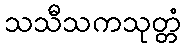
သသီသကသုတ္တံ